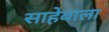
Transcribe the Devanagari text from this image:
साहेबाला